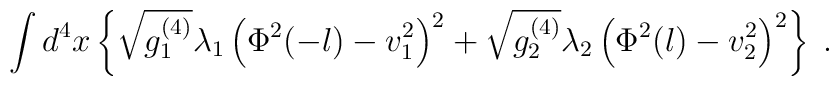
\int d^4x \left\{ \sqrt{g_1^{(4)}}\lambda_1\left(\Phi^2(-l)-v_1^2\right)^2                   +\sqrt{g_2^{(4)}}\lambda_2\left(\Phi^2(l)-v_2^2\right)^2            \right\} \; .